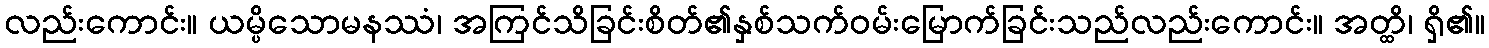
လည်းကောင်း။ ယမ္ပိသောမနဿံ၊ အကြင်သိခြင်းစိတ်၏နှစ်သက်ဝမ်းမြောက်ခြင်းသည်လည်းကောင်း။ အတ္ထိ၊ ရှိ၏။